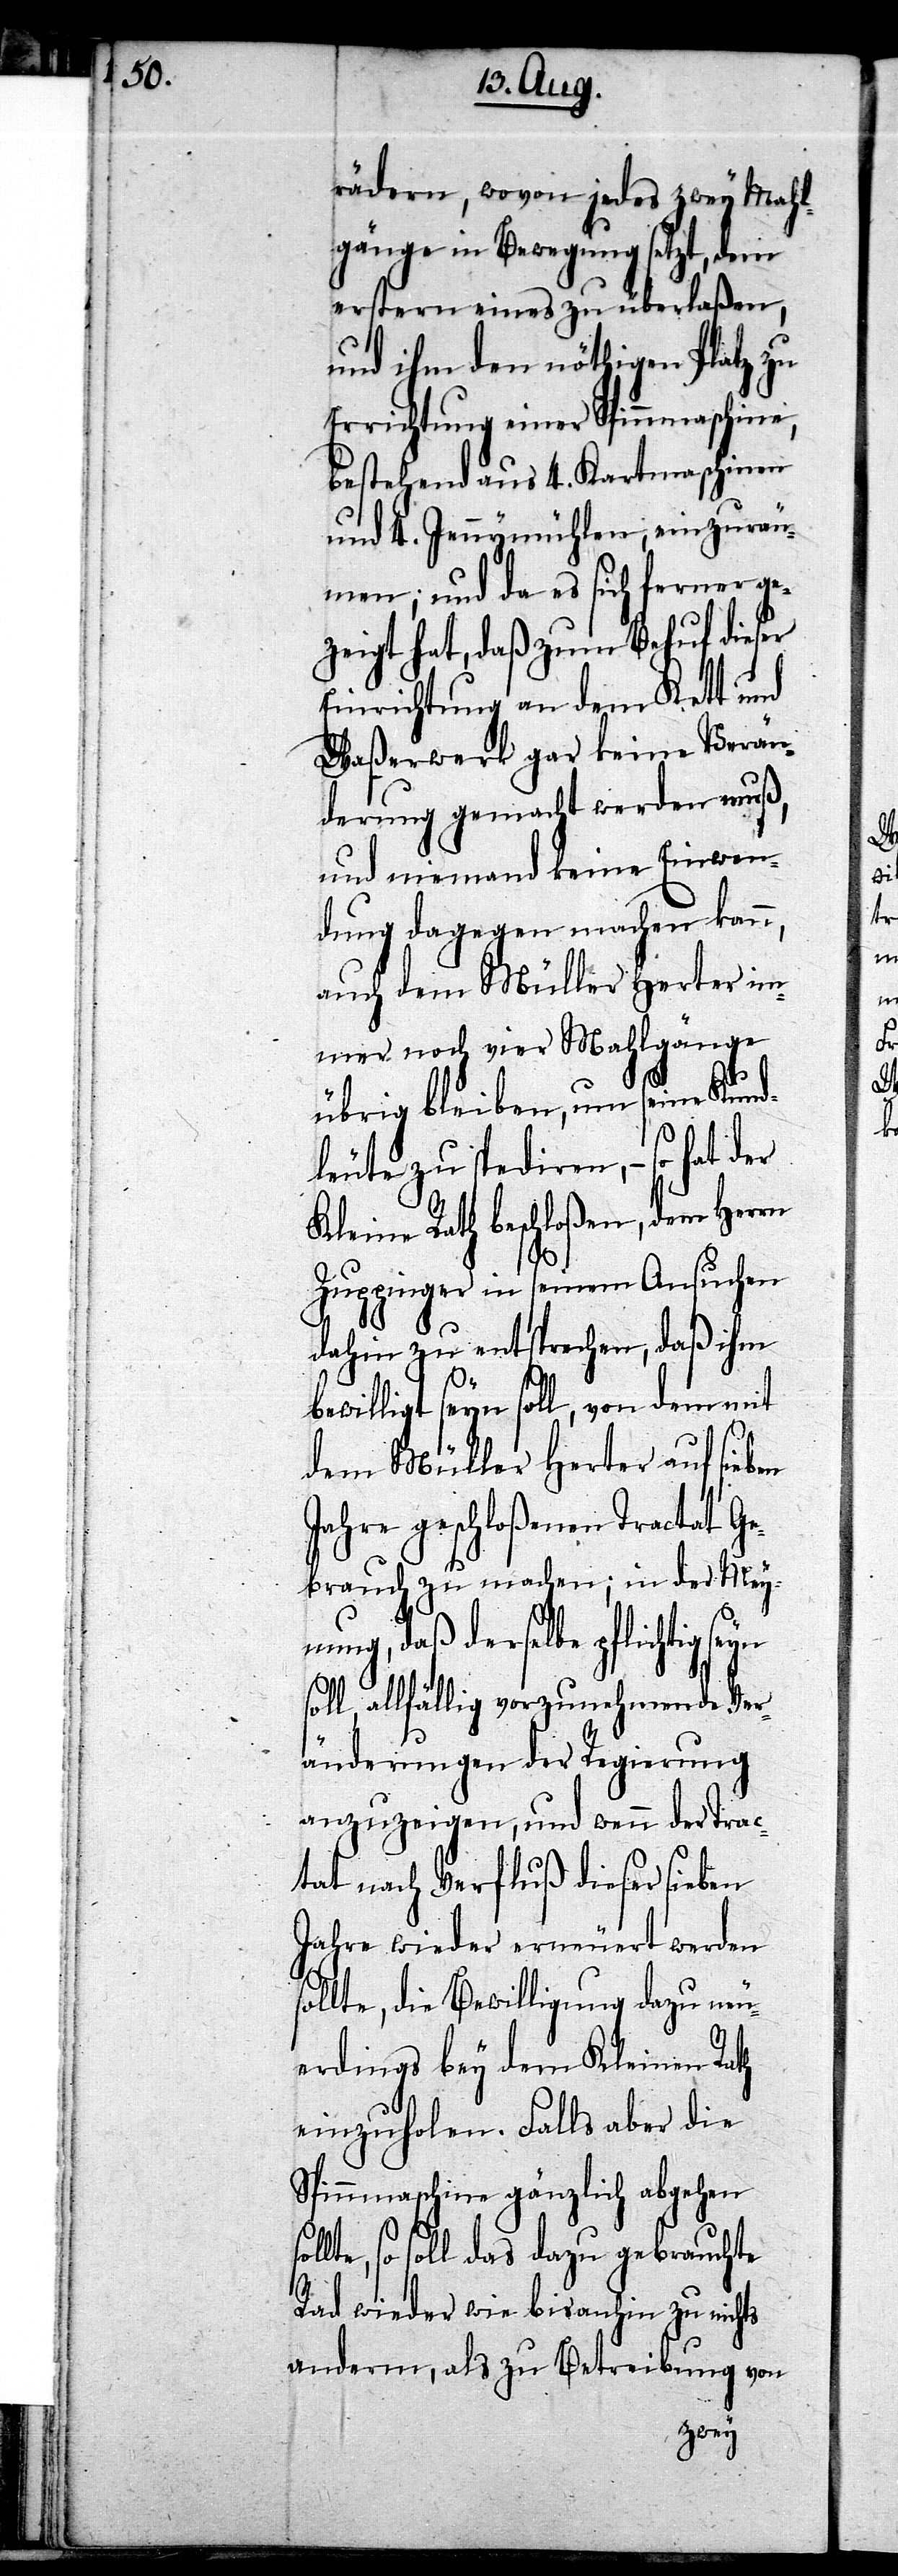
rädern, wovon jedes zwey Mahl¬
gänge in Bewegung setzt, dem
erstern eines zu überlaßen,
und ihm den nöthigen Platz zu
Errichtung einer Spinnmaschine,
bestehend aus 4. Kartmaschinen
und 4. Jennymühlen, einzuräu¬
men; und da es sich ferner ge¬
zeigt hat, daß zum Behuf dieser
Einrichtung an dem Kett und
Waßerwerk gar keine Verän¬
derung gemacht werden muß,
und niemand keine Einwen¬
dung dagegen machen kann,
auch dem Müller Herter im¬
mer noch vier Mahlgänge
übrig bleiben, um seine Kund¬
leute zu spediren, – so hat der
Kleine Rath beschloßen, dem Herrn
Zuppiner in seinem Ansuchen
dahin zu entsprechen, daß ihm
bewilligt seyn soll, von dem mit
dem Müller Herter auf sieben
Jahre geschloßenen Tractat Ge¬
brauch zu machen; in der Meyn¬
ung, daß derselbe pflichtig
soll, allfällig vorzunehmende Ver¬
änderungen der Regierung
anzuzeigen, und wenn der Trac¬
tat nach Verfluß dieser sieben
Jahre wieder erneuert werden
sollte, die Bewilligung dazu neu¬
erdings bey dem Kleinen Rath
einzuholen. Falls aber die
Spinnmaschine gänzlich abgehen
sol¬
lte, so soll das dazu gebrauchte
Rad wieder wie bis anhin zu nichts
anderm, als zu Betreibung von